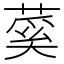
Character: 蒵